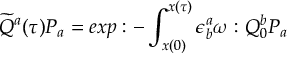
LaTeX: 0 \longrightarrow V \longrightarrow \bigoplus _ { a = 1 } ^ { n + M } { \cal O } ( n _ { a } ) \stackrel { \otimes Q _ { a } ^ { i } ( X ) } { \longrightarrow } \bigoplus _ { i = 1 } ^ { M } { \cal O } ( m _ { i } ) \longrightarrow 0 \; .